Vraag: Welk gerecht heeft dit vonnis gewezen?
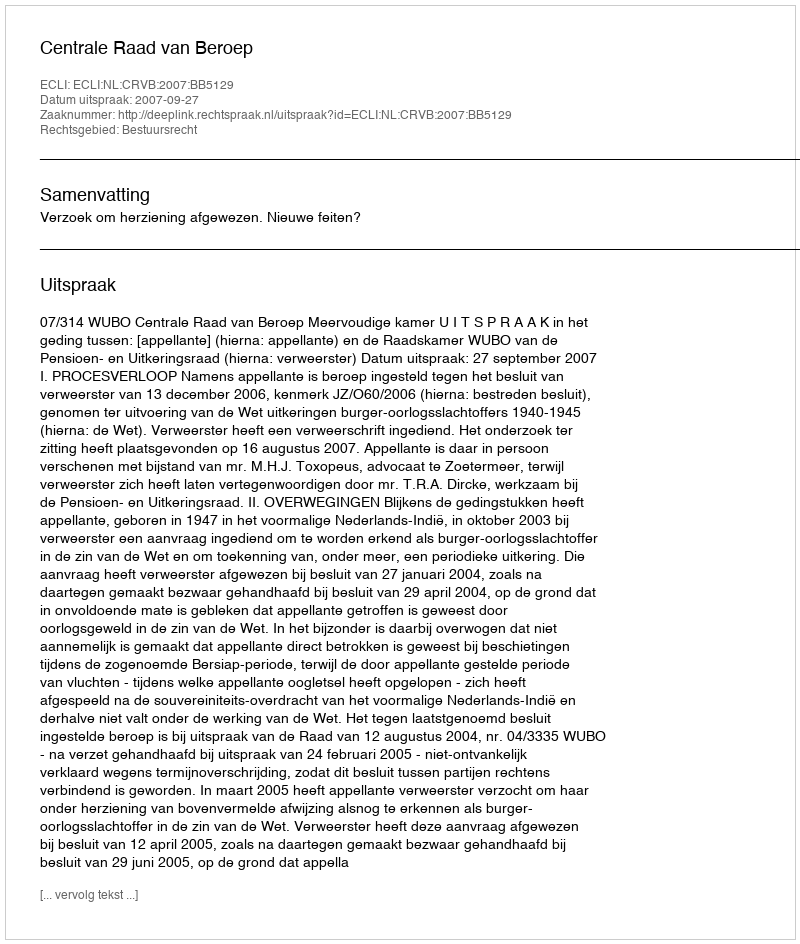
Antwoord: Centrale Raad van Beroep